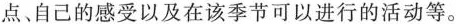
点、自己的感受以及在该季节可以进行的活动等。